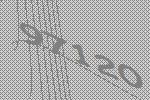
97120